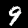
Label: 9